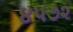
૪૫૭૨